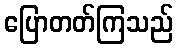
ပြောတတ်ကြသည်